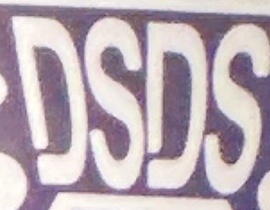
DSDS